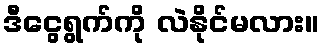
ဒီငွေရွက်ကို လဲနိုင်မလား။